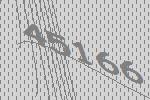
45166